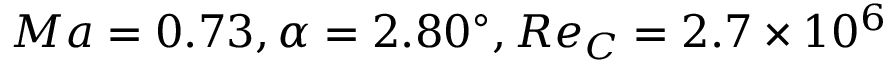
M a = 0 . 7 3 , \alpha = 2 . 8 0 ^ { \circ } , R e _ { C } = 2 . 7 \times 1 0 ^ { 6 }